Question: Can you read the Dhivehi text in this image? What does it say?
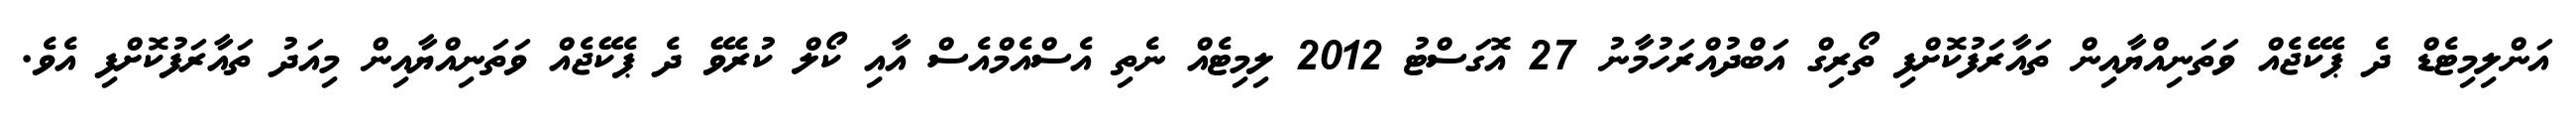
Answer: އަންލިމިޓެޑް ދެ ޕެކޭޖެއް ވަތަނިއްޔާއިން ތައާރަފުކޮށްފި ތޯރިގް އަބްދުއްރަހުމާނު 27 އޮގަސްޓު 2012 ލިމިޓެއް ނެތި އެސްއެމްއެސް އާއި ކޯލް ކުރެވޭ ދެ ޕެކޭޖެއް ވަތަނިއްޔާއިން މިއަދު ތައާރަފުކޮށްފި އެވެ.